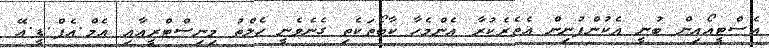
އެސްޓީއޯއިން ބުނީ އެކުންފުނިން އެތެރެކުރާ އެންމެހާ ކާބޯތަކެތި ގެނެވެނީ ހެލްތު މިނިސްޓްރީއާއި އެމް.އެފް.ޑީ.އޭ